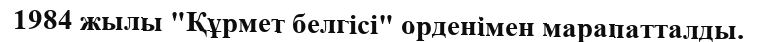
1984 жылы "Құрмет белгісі" орденімен марапатталды.